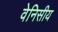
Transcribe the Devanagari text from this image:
वेनिसीय